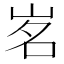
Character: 𡷂